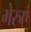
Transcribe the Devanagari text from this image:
गेरुएं